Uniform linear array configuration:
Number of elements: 64
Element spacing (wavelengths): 0.5
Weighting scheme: hamming
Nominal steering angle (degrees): -60
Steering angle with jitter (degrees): -59.433
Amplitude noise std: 0.05
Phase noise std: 0.05

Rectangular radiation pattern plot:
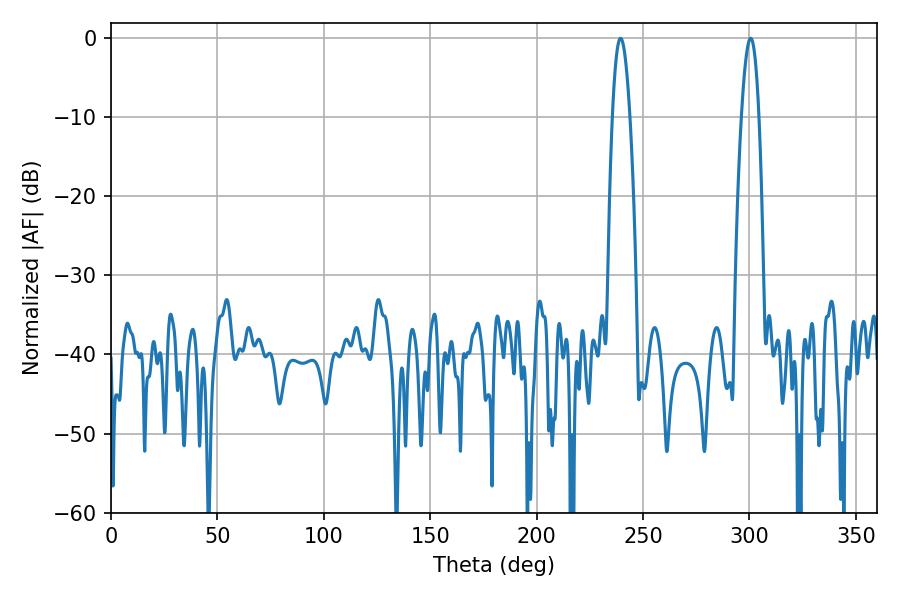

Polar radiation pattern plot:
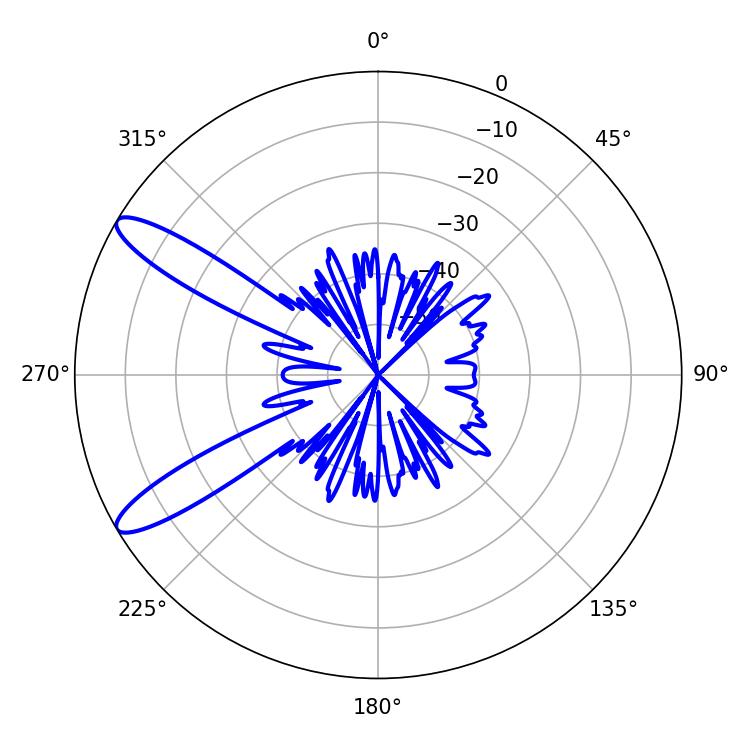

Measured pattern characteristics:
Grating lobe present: FALSE
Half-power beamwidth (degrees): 4.5
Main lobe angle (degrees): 239.4